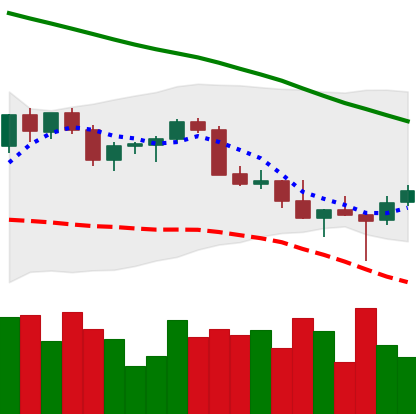
Ticker: XMR-USD
Chart end date: 2022-02-26
Forward return: 9.116%
Label: up_7plus